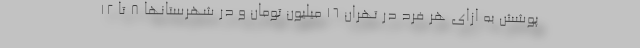
پوشش به ازای هر فرد در تهران ۱۶ میلیون تومان و در شهرستانها ۸ تا ۱۲